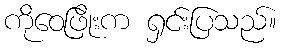
ကိုဝေဖြိုးက ရှင်းပြသည်။